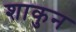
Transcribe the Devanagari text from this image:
शाकुन